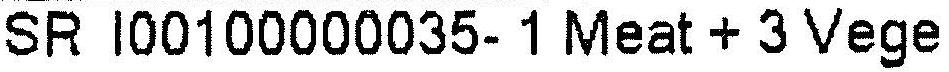
SR I00100000035- 1 MEAT + 3 VEGE